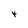
Character: 4